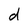
Character: d